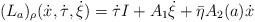
LaTeX: \begin{align*}(L_a)_{\rho}(\dot{x},{\dot\tau},{\dot\xi})={\dot\tau} I+A_1{\dot\xi}+{\bar \eta}A_2(a){\dot x}\end{align*}